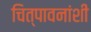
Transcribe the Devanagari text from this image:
चित्पावनांशी